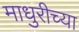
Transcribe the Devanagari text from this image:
माधुरीच्या